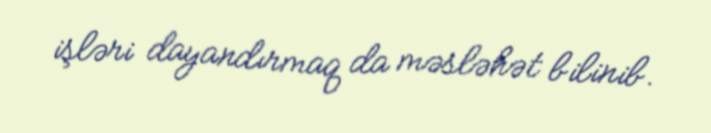
işləri dayandırmaq da məsləhət bilinib.